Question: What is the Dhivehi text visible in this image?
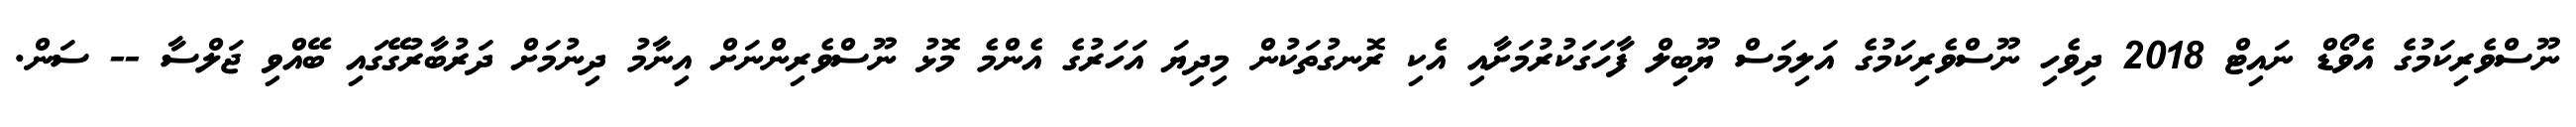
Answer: ނޫސްވެރިކަމުގެ އެވޯޑް ނައިޓް 2018 ދިވެހި ނޫސްވެރިކަމުގެ އަލިމަސް ޔޫބިލް ފާހަގަކުރުމަށާއި އެކި ރޮނގުތަކުން މިދިޔަ އަހަރުގެ އެންމެ މޮޅު ނޫސްވެރިންނަށް އިނާމު ދިނުމަށް ދަރުބާރުގޭގައި ބޭއްވި ޖަލްސާ -- ސަން.